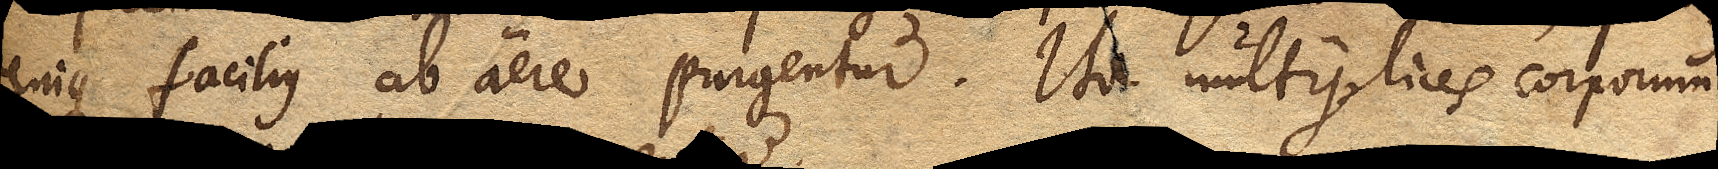
denique facilius ab aere purgentur. Ita multiplices corporum